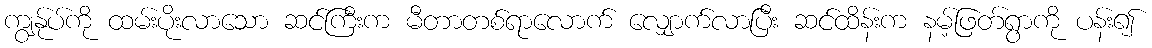
ကျွန်ုပ်ကို ထမ်းပိုးလာသော ဆင်ကြီးက မီတာတစ်ရာလောက် လျှောက်လာပြီး ဆင်ထိန်းက နမ့်ဖြတ်ရွာကို ပန်း၍